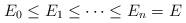
LaTeX: \begin{align*} E_0 \leq E_1 \leq \dots \leq E_n= E \end{align*}